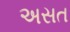
અસત